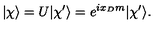
| { \chi } \rangle = U | \chi ^ { \prime } \rangle = e ^ { i x _ { D } m } | \chi ^ { \prime } \rangle .